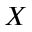
X